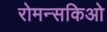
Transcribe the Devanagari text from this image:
रोमन्सकिओ